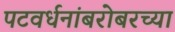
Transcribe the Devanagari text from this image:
पटवर्धनांबरोबरच्या